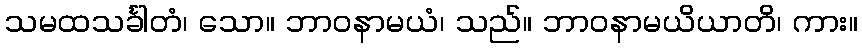
သမထသင်္ခါတံ၊ သော။ ဘာဝနာမယံ၊ သည်။ ဘာဝနာမယိယာတိ၊ ကား။